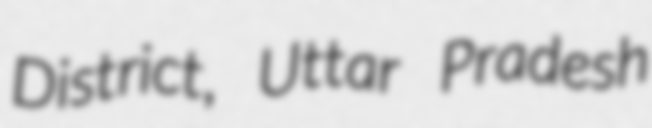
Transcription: District, Uttar Pradesh